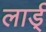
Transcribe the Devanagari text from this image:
लार्ड्‌